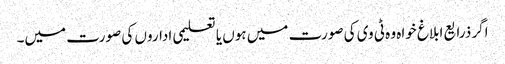
اگر ذرایع ابلاغ خواہ وہ ٹی وی کی صورت میں ہوں یا تعلیمی اداروں کی صورت میں۔